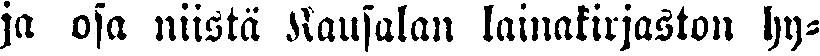
ja osa niistä Kausalan lainakirjaston hy-